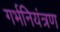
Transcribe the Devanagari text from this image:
गर्भनियंत्रण